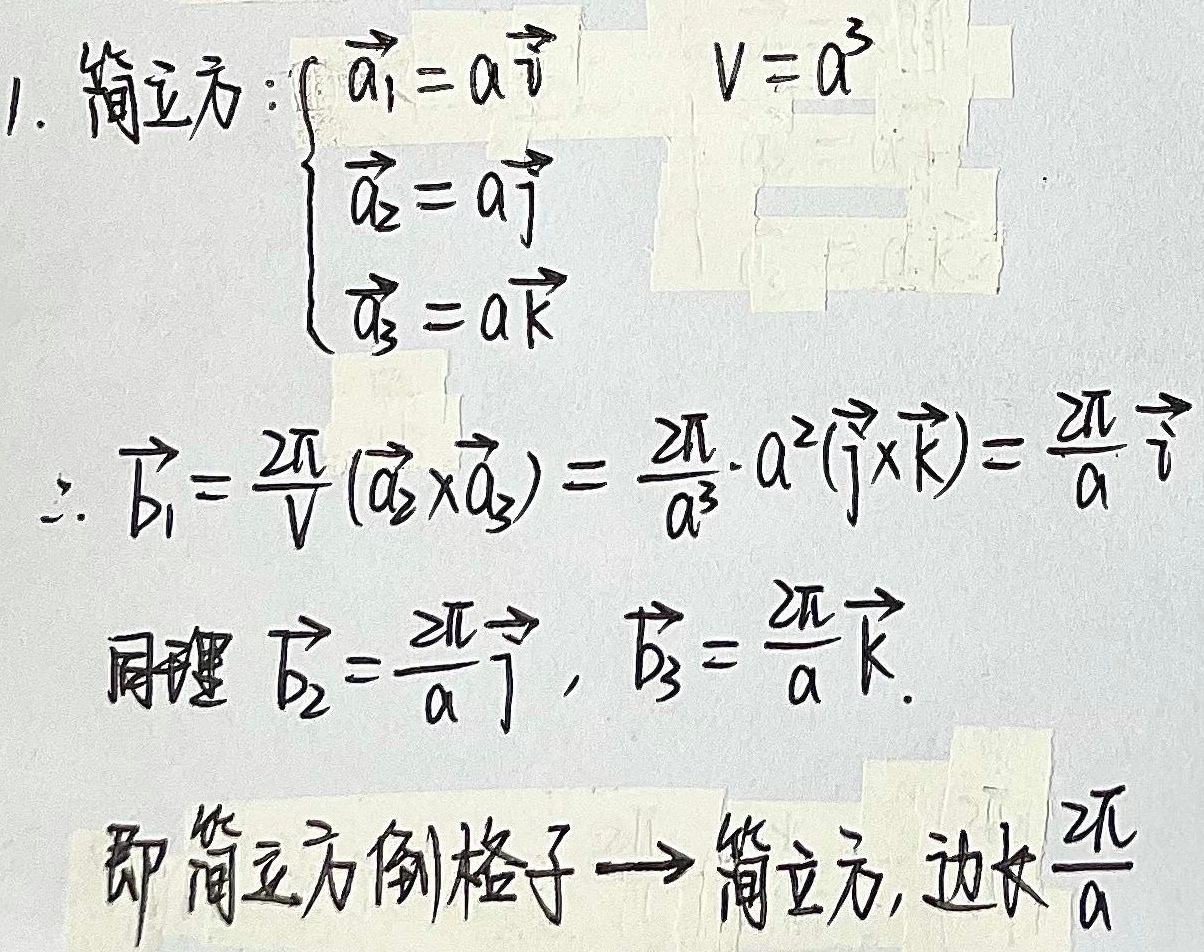
1. 简立方：\(\begin{cases}\vec{a}_{1}=a\vec{i}\\\vec{a}_{2}=a\vec{j}\\\vec{a}_{3}=a\vec{k}\end{cases}\)，\(V = a^{3}\)。
\(\therefore \vec{b}_{1}=\frac{2\pi}{V}(\vec{a}_{2}\times\vec{a}_{3})=\frac{2\pi}{a^{3}}\cdot a^{2}(\vec{j}\times\vec{k})=\frac{2\pi}{a}\vec{i}\)
同理，\(\vec{b}_{2}=\frac{2\pi}{a}\vec{j}\)，\(\vec{b}_{3}=\frac{2\pi}{a}\vec{k}\)。
即简立方倒格子\(\to\)简立方，边长\(\frac{2\pi}{a}\)